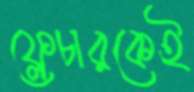
ফ্লেচারকেই